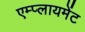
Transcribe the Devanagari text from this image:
एम्प्लायमेंट